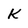
Character: K